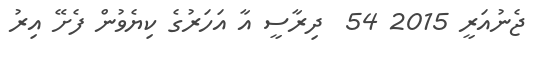
ޖެނުއަރީ 2015 54  ދިރާސީ އާ އަހަރުގެ ކިޔެވުން ފެށޭ އިރު